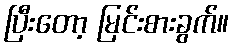
ပြီးတော့ မြင်းစားခွက်။